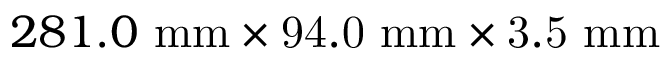
{ 2 8 1 . 0 ~ \mathrm { m m \times 9 4 . 0 ~ m m \times 3 . 5 ~ m m } }